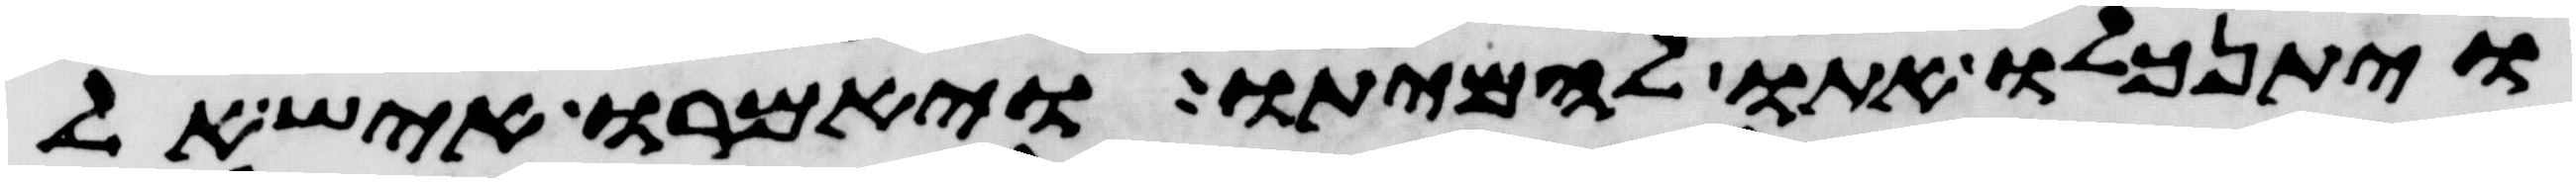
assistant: ויתנכלו אתו להמיתו ויאמרו איש אל